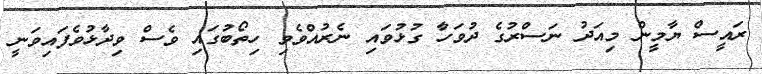
ރައީސް ޔާމީން މިއަދު ނަސްރުގެ ދުވަހާ ގުޅުވައި ނެރުއްވެވި ހިތޯބުގައި ވެސް ވިދާޅުވެފައިވަނީ